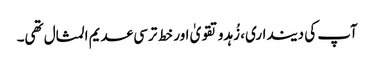
آپ کی دینداری، زُہدو تقویٰ اور خط ترسی عدیم المثال تھی۔